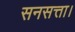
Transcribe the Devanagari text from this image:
सनसत्ता।